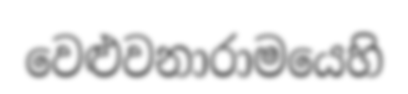
වෙළුවනාරාමයෙහි